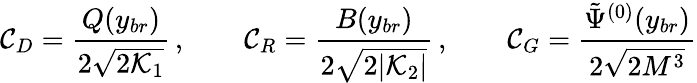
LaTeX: {\cal C}_{D}={\frac{Q(y_{br})}{2\sqrt{2{\cal K}_{1}}}}\, ,\qquad{\cal C}_{R}={\frac{B(y_{br})}{2\sqrt{2|{\cal K}_{2}|}}}\, ,\qquad{\cal C}_{G}={\frac{\tilde{\Psi}^{(0)}(y_{br})}{2\sqrt{2M^{3}}}}